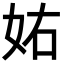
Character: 𡛮